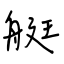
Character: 艇